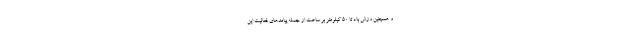
و همچنین وزش باد تا ۵۰ کیلومتر بر ساعت از جمله پیامدهای فعالیت این